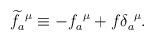
LaTeX: \begin{align*}\widetilde{f}_a^{~\mu}\equiv -f_a^{~\mu}+f\delta_a^{~\mu}.\end{align*}